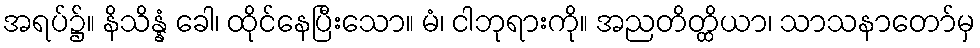
အရပ်၌။ နိသိန္နံ ခေါ၊ ထိုင်နေပြီးသော။ မံ၊ ငါဘုရားကို။ အညတိတ္ထိယာ၊ သာသနာတော်မှ